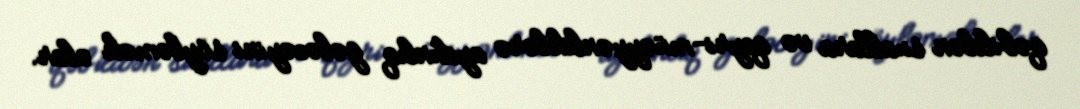
qəbildən suallara və qeyri-müəyyənliklərə aydınlıq gələcəyini söyləmək olar.